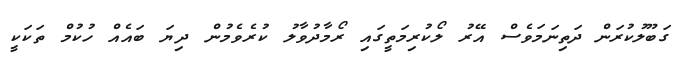
ގަބޫލުކުރަން ދަތިނަމަވެސް އޭރު ލޯކުރިމަތީގައި ރޯމާދުވާލު ކުރެވެމުން ދިޔަ ބައެއް ހުކުމް ތަކަކީ